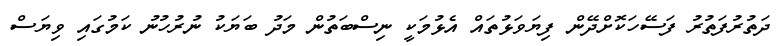
ދަތުރުފަތުރު ފަސޭހަކޮށްދޭން ފިޔަވަޅުތައް އެޅުމަކީ ނިސްބަތުން މަދު ބަޔަކު ނުރުހުނު ކަމުގައި ވިޔަސް